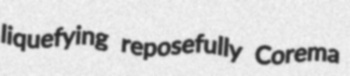
liquefying reposefully Corema